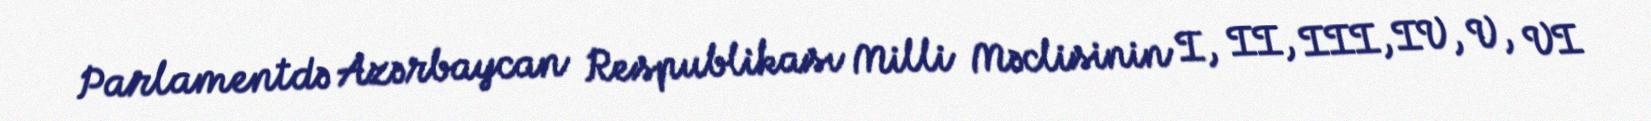
Parlamentdə Azərbaycan Respublikası Milli Məclisinin I, II, III, IV, V, VI